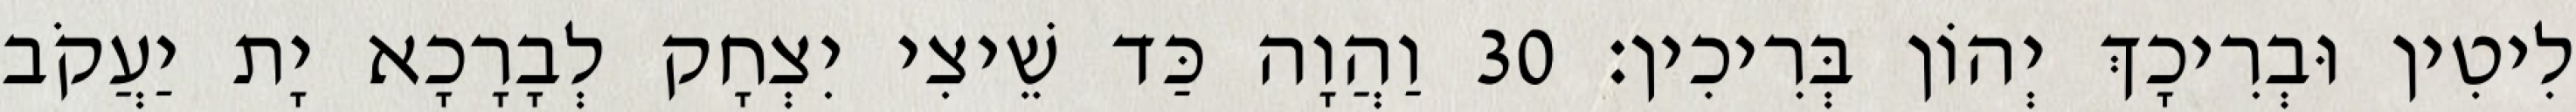
לִיטִין וּבְרִיכָךְ יְהוֹן בְּרִיכִין׃ 30 וַהֲוָה כַּד שֵׁיצִי יִצְחָק לְבָרָכָא יָת יַעֲקֹב